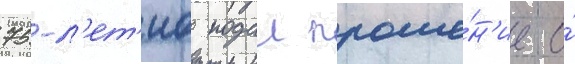
75-л'ет'иа подал проше́н'ие о́